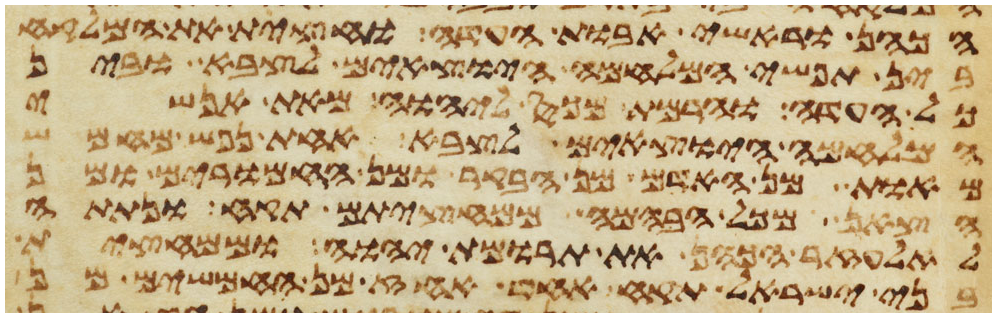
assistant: הכהן וראשי אבות העדה וחצית את המלקח
בין תפשי המלחמה היוצאים לצבא ובין
כל העדה והרמת מכס ליהוה מאת אנשי
המלחמה היוצאים לצבא אחת נפש מחמש
מאות מן האדם ומן הבקר ומן החמרים ומן
הצאן מכל הבהמה ממחציתם תקח ונתתה
לאלעזר הכהן את תרומת יהוה וממחצית
בני ישראל תקח אחד אחז מן החמשים מן